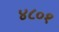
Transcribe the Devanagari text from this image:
४८०१